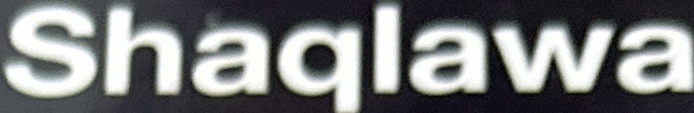
Shaqlawa